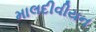
માલદીવીયન